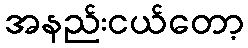
အနည်းငယ်တော့